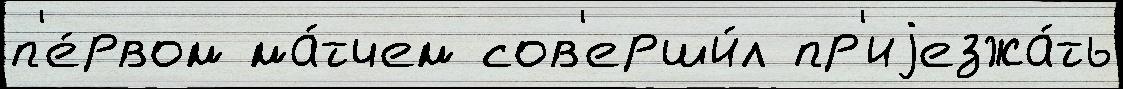
п'е́рвом ма́тчем сов'ерши́л пр'иjезжа́ть